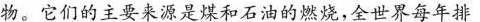
物。它们的主要来源是煤和石油的燃烧，全世界每年排